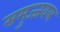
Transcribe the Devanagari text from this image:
समुज्जवल